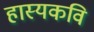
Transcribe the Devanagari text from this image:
हास्यकवि